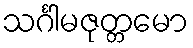
သင်္ဂါမဇုတ္တမော